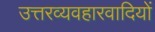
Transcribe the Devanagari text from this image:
उत्तरव्यवहारवादियों